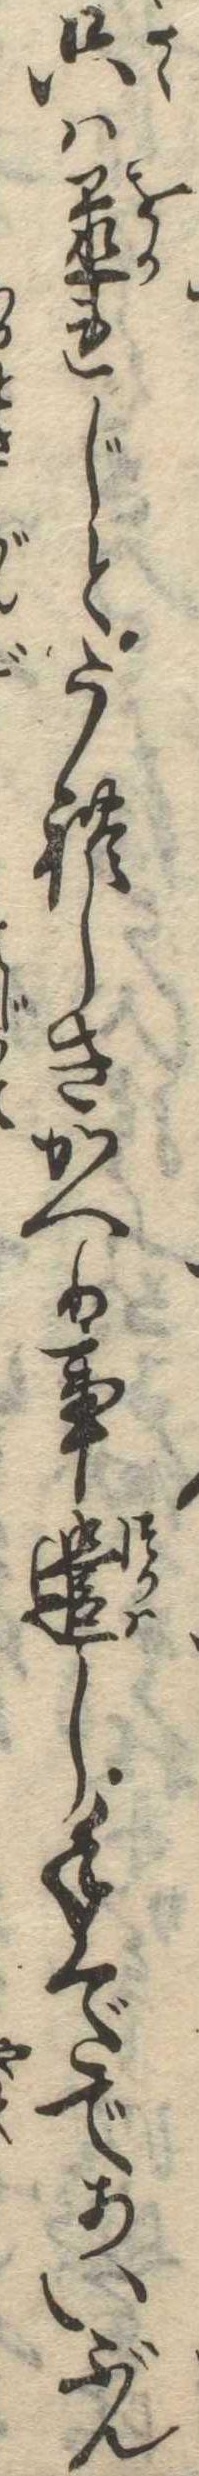
只は置れじとうれしきかへり事遣し手くだであいぶん